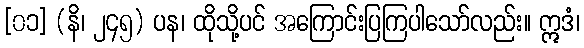
[၀၁] (နိ၊ ၂၄၅) ပန၊ ထိုသို့ပင် အကြောင်းပြကြပါသော်လည်း။ ဣဒံ၊